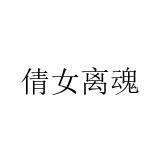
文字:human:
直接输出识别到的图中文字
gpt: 倩女离魂